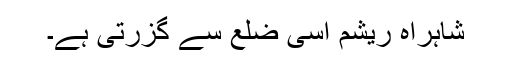
شاہراہِ ریشم اسی ضلع سے گزرتی ہے۔